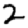
Digit: 2